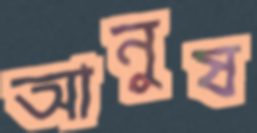
আনুষ